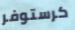
كرستوفر